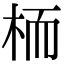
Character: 栭